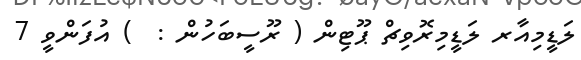
ލަޑީމިއާރ ލަޑީމިރޮވިޗް ޕޫޓިން ( ރޫސީބަހުން :  ) އުފަންވީ 7